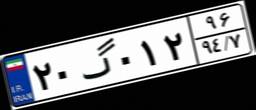
۲۰گ۰۱۲۹۶